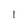
Character: I